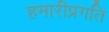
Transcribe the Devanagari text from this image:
हमारीप्रगति